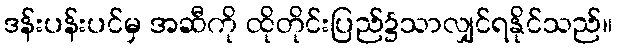
ဒန်းပန်းပင်မှ အဆီကို ထိုတိုင်းပြည်၌သာလျှင်ရနိုင်သည်။